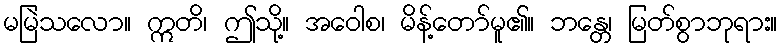
မမြဲသလော။ ဣတိ၊ ဤသို့။ အဝေါစ၊ မိန့်တော်မူ၏။ ဘန္တေ၊ မြတ်စွာဘုရား။